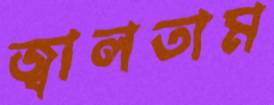
জ্বালতাম